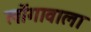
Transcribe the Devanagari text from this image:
लोंगावाला